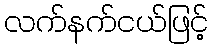
လက်နက်ငယ်ဖြင့်